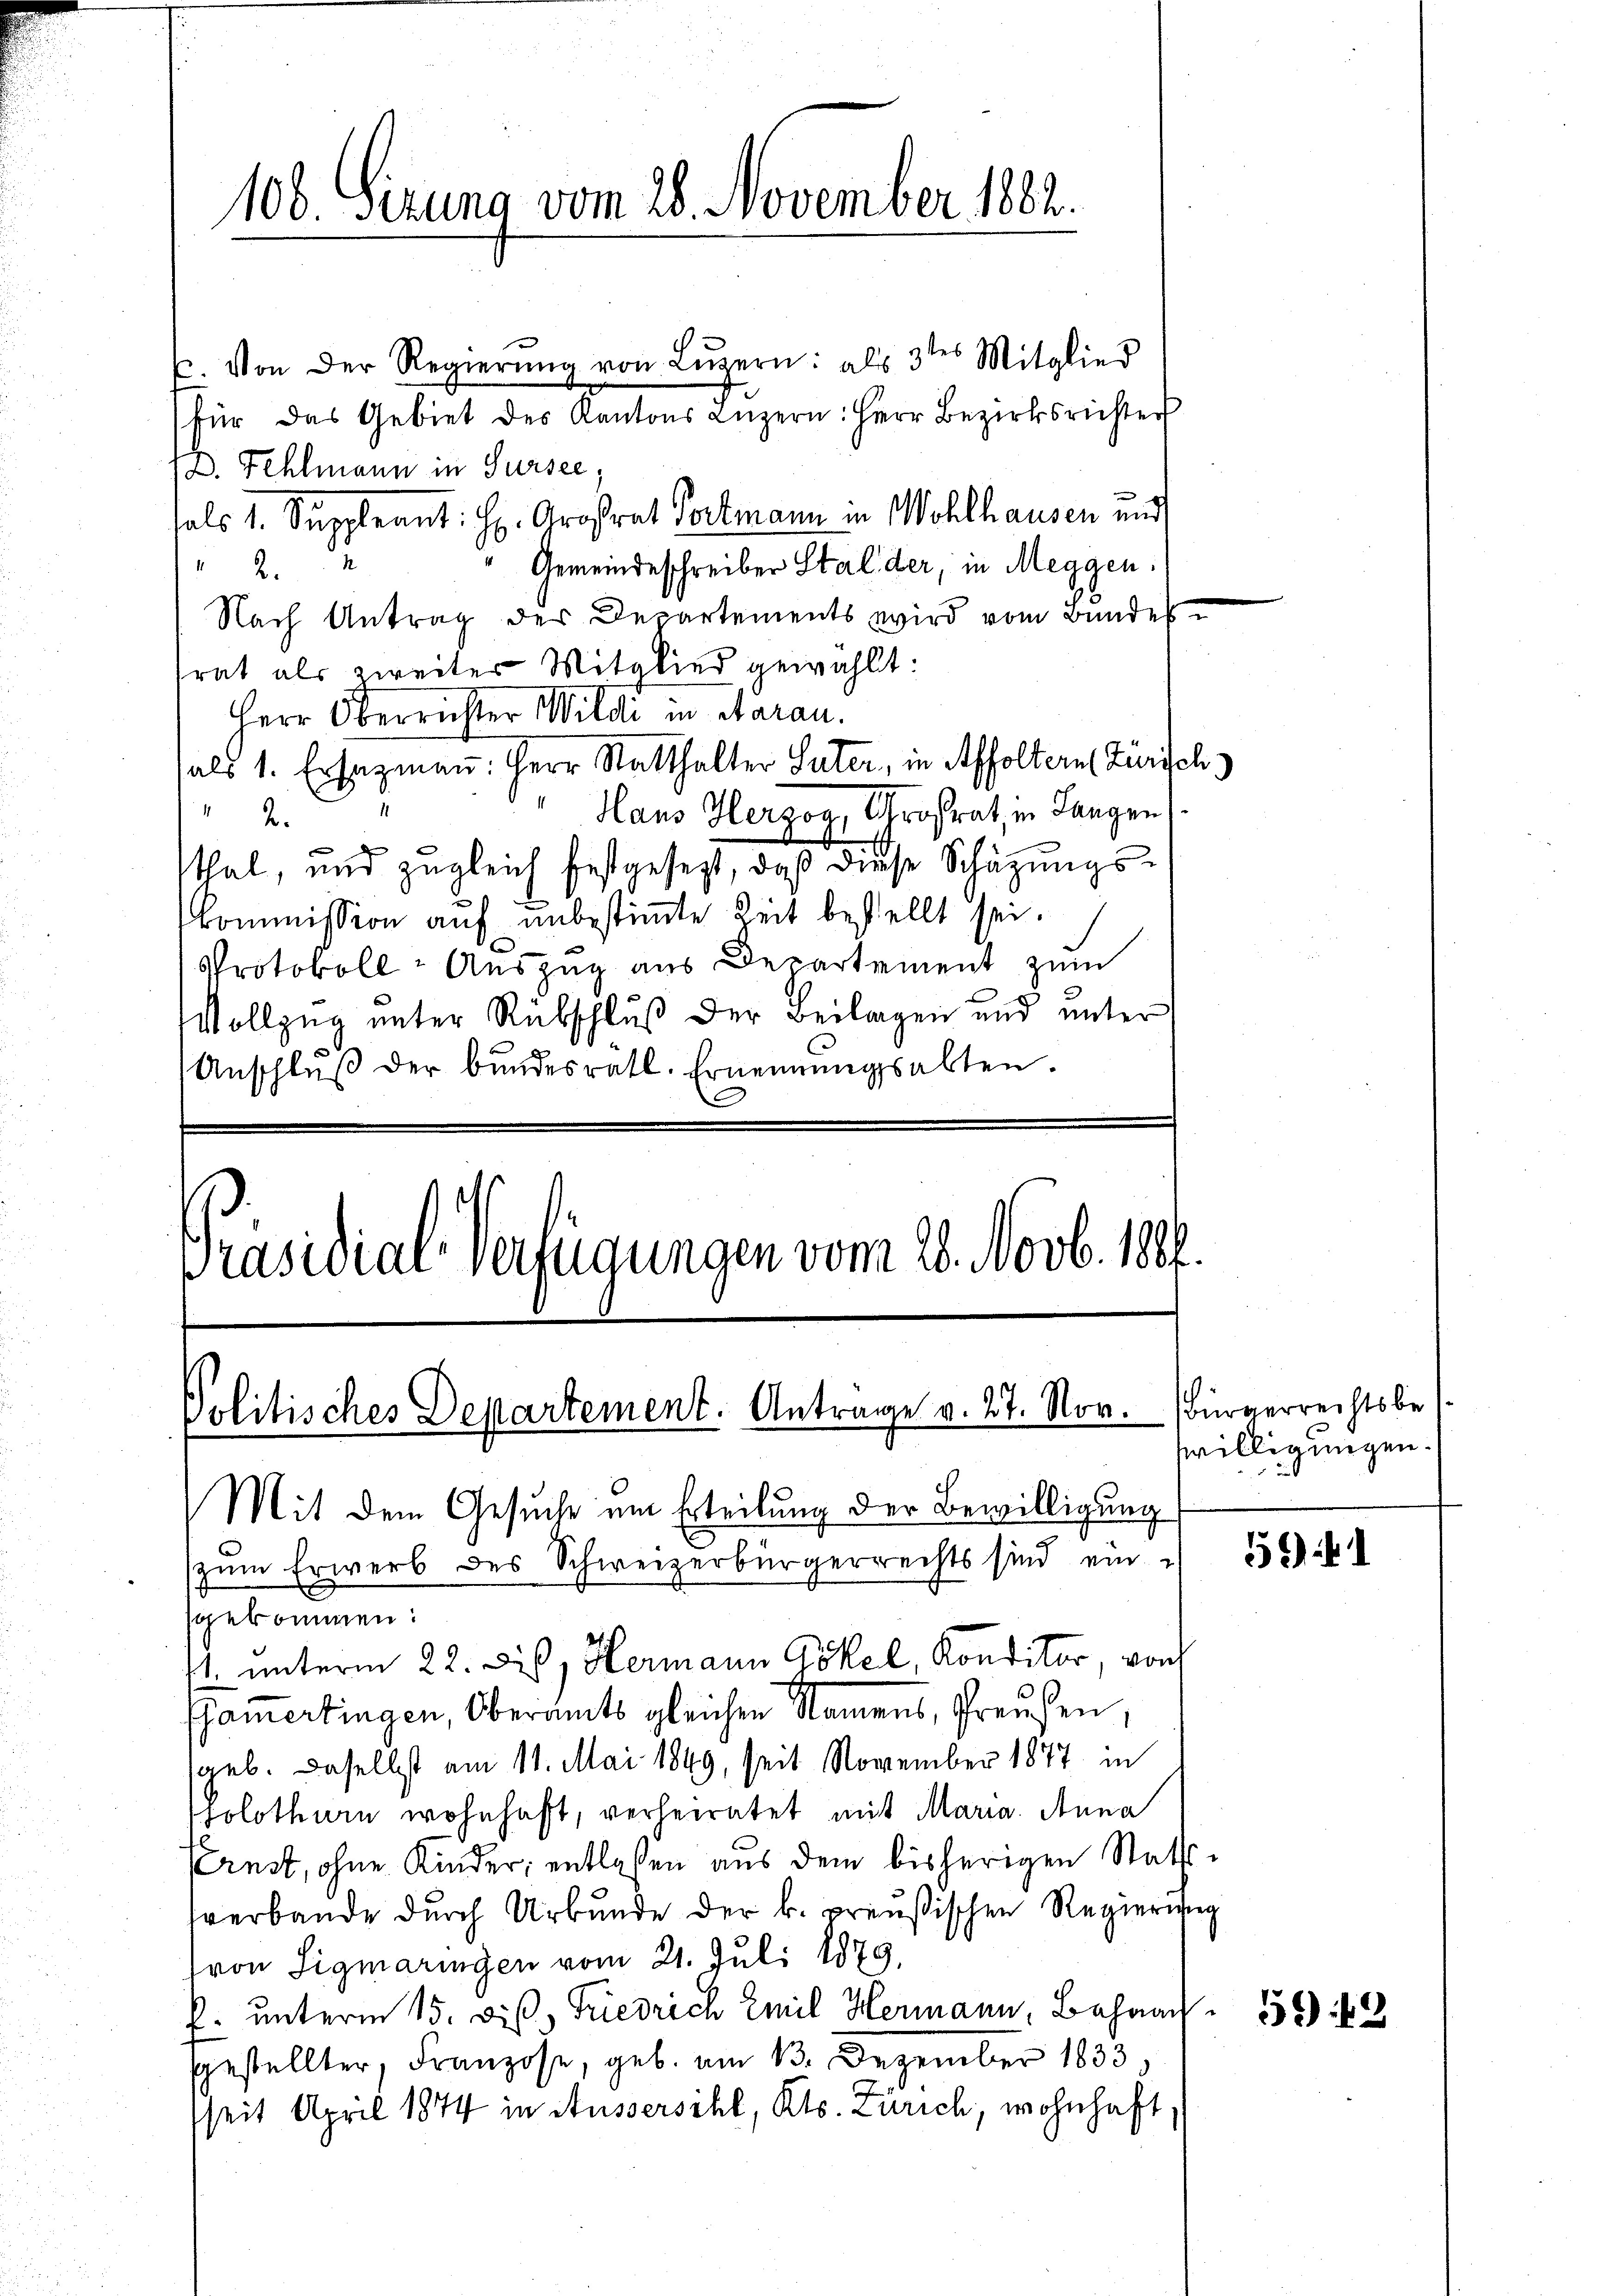
108. Sizung vom 28. November 1882.

für das Gebiet des Kantons Luzern: Herr Bezirksrichter
D. Fehlmann in Sursee,
als 1. Suppleant: H. Großrat Portmann in Wohlhausen und
Gemeindeschreiben Stalder, in Meggen.
2
Nach Antrag des Departements wird vom Bundes
trat als zweiter Mitglied gewählt:
Herr Oberrichter Wildi in Aarau
sals 1. Ersatzmann: Herr Statthalter Suter, in Affoltern Zürich
Hans Herzog, Großrat, in Langen,
20.
tthal, und zugleich festgesezt, daß diese Schazungskommission auf unbestimmte Zeit bestellt sei.
Protokoll-Aŭszŭg aŭs Departement zum
Vollzug unter Rübschluß der Beilagen und unter
Anschlŭβ der Bŭndesrath. Ernennungsabten.

u. Von der Regierŭng von Lŭzern: als 3ten Mitglied

Präsidial-Verfügungen vom 20. Novb. 180.
Politisches Departement. Antrage v. 27. Nov.
Mit dem Gesuche um Erteilung der Bewilligung
zum Erwerb des Schweizerbürgerrechts sind ein
sgekommen:
1. unterm 22. Dis, Hermann Pökel, Konditor, von

Pfammertingen, Oberamts gleichen Namens, Preußen,
geb. Daselbst am 11. Mai 1849, seit November 1877 in
solothurn wohnhaft, verheiratet mit Maria Anna
ernst, ohne Kinder; entlassen aus dem bisherigen Statverbande durch Urbunde der k. preußischen Regierung
von Sigmaringen vom 21. Juli 1879.
f. unterm 15. d. Friedrich Emil Hermann, Bahnangestellter, Franzose, geb. am 13. Dezember 1833,
seit April 1874 in Aussersihl, Kts. Zürich, wohnhaft,

)

Bürgerrechtsbe
willigungen.

52)

5943